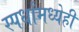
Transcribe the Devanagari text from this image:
स्पर्धांमध्येही